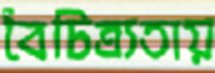
বৈচিত্র্যতায়